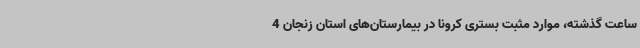
ساعت گذشته، موارد مثبت بستری کرونا در بیمارستان‌های استان زنجان 4